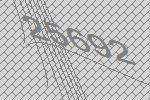
25692